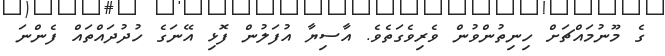
ގެ މޫނުމައްޗަށް ހިނިތުންވުން ވެރިވެގަތެވެ. އާސިޔާ އުފަލުން ފޮޅި އޭނަގެ ހުދުދައްތައް ފެންނަ